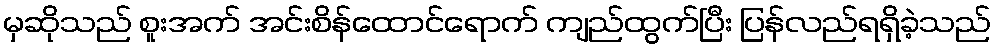
မှဆိုသည် စူးအက် အင်းစိန်ထောင်ရောက် ကျည်ထွက်ပြီး ပြန်လည်ရရှိခဲ့သည်